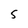
Character: 5